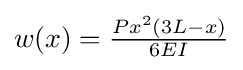
w(x)={\tfrac {Px^{2}(3L-x)}{6EI}}